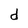
Character: d